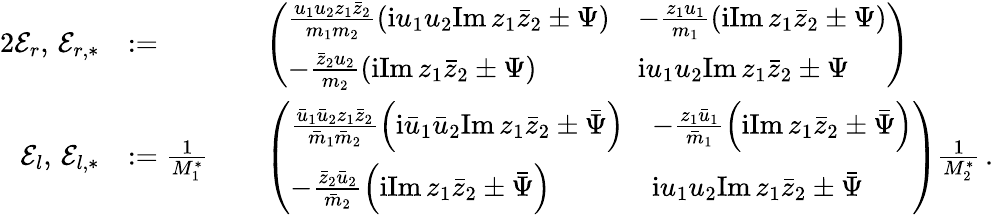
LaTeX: \begin{array}{rlrl}{{2}\mathcal{E}_{r},\, \mathcal{E}_{r,*}}&{:=}&&{\left(\begin{array}{ll}{\frac{u_{1}u_{2}z_{1}\bar{z}_{2}}{m_{1}m_{2}}\left(\mathrm{i}u_{1}u_{2}\mathrm{Im}\, z_{1}\bar{z}_{2}\pm\Psi\right)}&{-\frac{z_{1}u_{1}}{m_{1}}\left(\mathrm{i}\mathrm{Im}\, z_{1}\bar{z}_{2}\pm\Psi\right)}\\ {-\frac{\bar{z}_{2}u_{2}}{m_{2}}\left(\mathrm{i}\mathrm{Im}\, z_{1}\bar{z}_{2}\pm\Psi\right)}&{\mathrm{i}u_{1}u_{2}\mathrm{Im}\, z_{1}\bar{z}_{2}\pm\Psi}\end{array}\right)}\\ {\mathcal{E}_{l},\, \mathcal{E}_{l,*}}&{:=\frac{1}{M_{1}^{*}}}&&{\left(\begin{array}{ll}{\frac{\bar{u}_{1}\bar{u}_{2}z_{1}\bar{z}_{2}}{\bar{m}_{1}\bar{m}_{2}}\left(\mathrm{i}\bar{u}_{1}\bar{u}_{2}\mathrm{Im}\, z_{1}\bar{z}_{2}\pm\bar{\Psi}\right)}&{-\frac{z_{1}\bar{u}_{1}}{\bar{m}_{1}}\left(\mathrm{i}\mathrm{Im}\, z_{1}\bar{z}_{2}\pm\bar{\Psi}\right)}\\ {-\frac{\bar{z}_{2}\bar{u}_{2}}{\bar{m}_{2}}\left(\mathrm{i}\mathrm{Im}\, z_{1}\bar{z}_{2}\pm\bar{\Psi}\right)}&{\mathrm{i}u_{1}u_{2}\mathrm{Im}\, z_{1}\bar{z}_{2}\pm\bar{\Psi}}\end{array}\right)\frac{1}{M_{2}^{*}}\, .}\end{array}